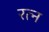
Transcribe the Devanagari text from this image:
रत्‍न